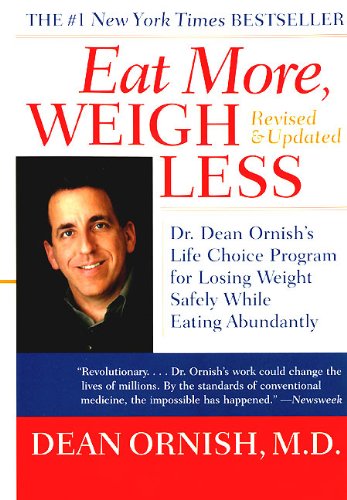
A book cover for Eat More, Weigh Less: Dr. Dean Ornish's Life Choice Program for Losing Weight Safely While Eating Abundantly; Dean Ornish; Health, Fitness & Dieting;